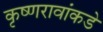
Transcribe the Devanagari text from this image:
कृष्णरावांकडे